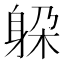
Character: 躱